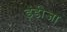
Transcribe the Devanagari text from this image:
इंडीजा